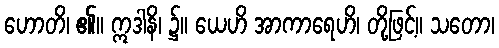
ဟောတိ၊ ၏။ ဣဒါနိ၊ ၌။ ယေဟိ အာကာရေဟိ၊ တို့ဖြင့်။ သတော၊